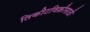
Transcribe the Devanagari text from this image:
तिकीटविक्रीसाठी